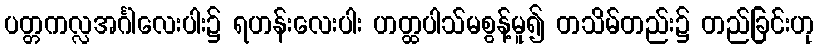
ပတ္တကလ္လအင်္ဂါလေးပါး၌ ရဟန်းလေးပါး ဟတ္ထပါသ်မစွန့်မူ၍ တသိမ်တည်း၌ တည်ခြင်းဟု